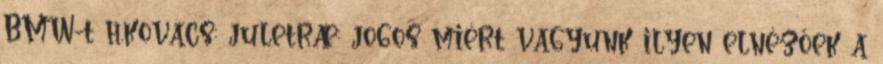
BMW-t h.kovacs: juletræ: jogos miért vagyunk ilyen elnézőek a